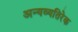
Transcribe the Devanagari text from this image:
अन्यव्यतिरेक